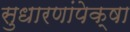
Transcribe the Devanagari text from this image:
सुधारणांपेक्षा